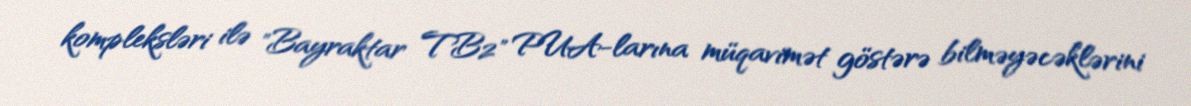
kompleksləri ilə "Bayraktar TB2" PUA-larına müqavimət göstərə bilməyəcəklərini